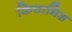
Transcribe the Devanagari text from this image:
किचामिश